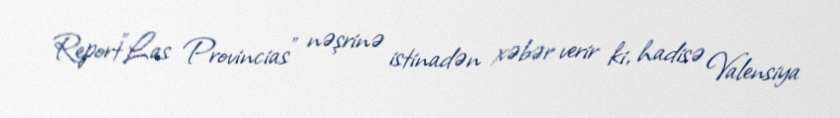
Report"Las Provincias" nəşrinə istinadən xəbər verir ki, hadisə Valensiya